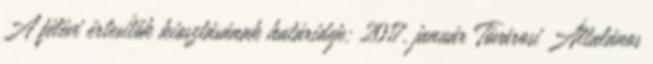
A félévi értesítők kiosztásának határideje: 2017. január Tóvárosi Általános